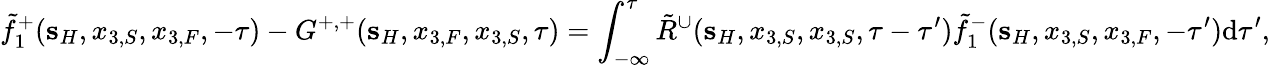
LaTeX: \tilde{f}_{1}^{+}({\mathbf s}_{H},x_{3,S},x_{3,F},-\tau)-G^{+,+}({\mathbf s}_{H},x_{3,F},x_{3,S},\tau)=\int_{-\infty}^{\tau}\tilde{R}^{\cup}({\mathbf s}_{H},x_{3,S},x_{3,S},\tau-\tau^{\prime})\tilde{f}_{1}^{-}({\mathbf s}_{H},x_{3,S},x_{3,F},-\tau^{\prime})\mathrm{d}\tau^{\prime},